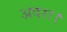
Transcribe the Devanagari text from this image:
अवरा।